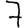
Digit: 7